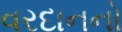
વરદાનનો